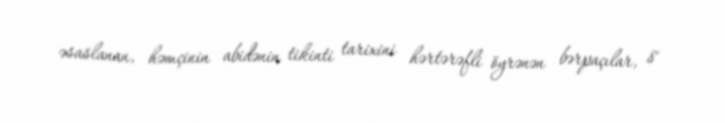
əsaslanan, həmçinin abidənin tikinti tarixini hərtərəfli öyrənən bərpaçılar, 8